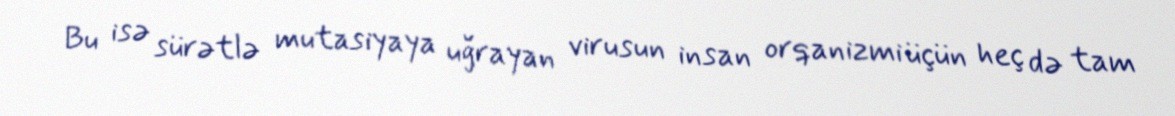
Bu isə sürətlə mutasiyaya uğrayan virusun insan orqanizmi üçün heç də tam